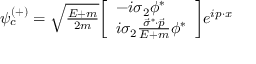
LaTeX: \psi _ { c } ^ { ( + ) } = \textstyle { \sqrt { \frac { E + m } { 2 m } } } { \left[ \begin{array} { l } { - i \sigma _ { 2 } \phi ^ { * } } \\ { i \sigma _ { 2 } { \frac { { \vec { \sigma } } ^ { * } \cdot { \vec { p } } } { E + m } } \phi ^ { * } } \end{array} \right] } e ^ { i p \cdot x }